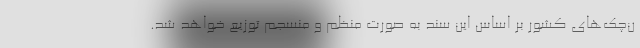
ن‌چک‌های کشور بر اساس این سند به صورت منظم و منسجم توزیع خواهد شد.